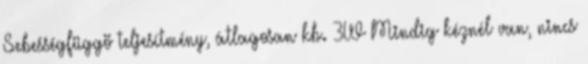
Sebességfüggö teljesítmény, átlagosan kb. 3W Mindig kéznél van, nincs